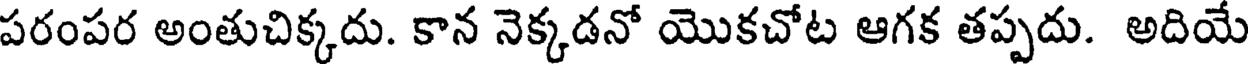
పరంపర అంతుచిక్కదు. కాన నెక్కడనో యొకచోట ఆగక తప్పదు. అదియే